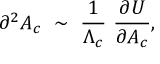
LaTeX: \partial ^ { 2 } A _ { c } ~ \sim ~ \frac { 1 } { \Lambda _ { c } } { } ~ \frac { \partial U } { \partial A _ { c } } ,